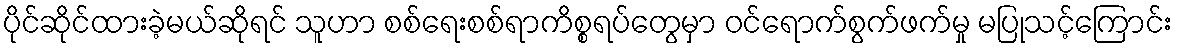
ပိုင်ဆိုင်ထားခဲ့မယ်ဆိုရင် သူဟာ စစ်ရေးစစ်ရာကိစ္စရပ်တွေမှာ ဝင်ရောက်စွက်ဖက်မှု မပြုသင့်ကြောင်း